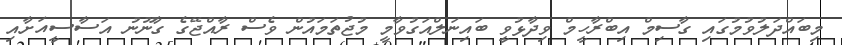
މިބައްދަލުވުމުގައި ގާސިމް އިބްރާހީމް ވިދާޅުވީ ބައިނަލްއަގުވާމީ މުޖުތަމައުން ވެސް ރާއްޖޭގެ ގާނޫނު އަސާސީއަށާއި